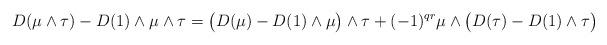
LaTeX: \begin{align*}D(\mu\wedge\tau) - D(1)\wedge\mu\wedge\tau = \big(D(\mu)-D(1)\wedge\mu\big)\wedge\tau + (-1)^{qr} \mu\wedge\big( D(\tau)-D(1)\wedge\tau\big)\end{align*}